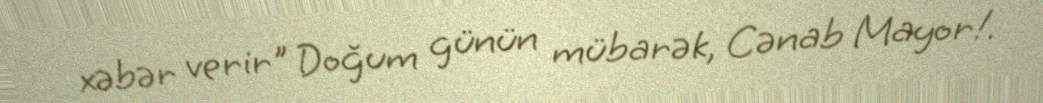
xəbər verir" Doğum günün mübarək, Cənab Mayor!.